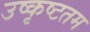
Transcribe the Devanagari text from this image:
उष्कृष्टतम